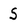
Character: S